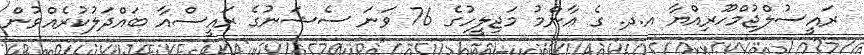
ރަަައީސުލްޖުމްހޫރިއްޔާ އ.ދ. ގެ ޢާންމު މަޖިލީހުގެ 76 ވަނަ ސެޝަނުގެ ރައީސްއާ ބައްދަލުކުރެއްވުން